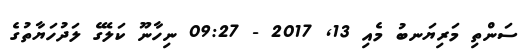
ސަންތި މަރިޔަނބު މެއި 13